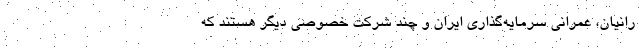
رانیان، عمرانی سرمایه‌گذاری ایران و چند شرکت خصوصی دیگر هستند که